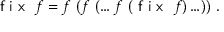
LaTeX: { \textsf { f i x } } \ f = f \ ( f \ ( \ldots f \ ( { \textsf { f i x } } \ f ) \ldots ) ) \ .